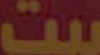
يت